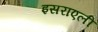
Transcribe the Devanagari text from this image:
इसराएली